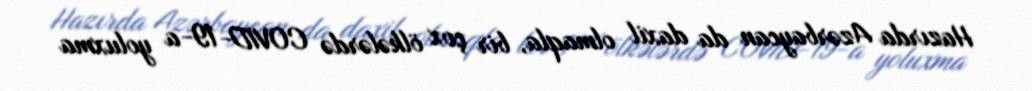
Hazırda Azərbaycan da daxil olmaqla, bir çox ölkələrdə COVID-19-a yoluxma